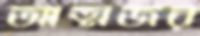
আত্মজর